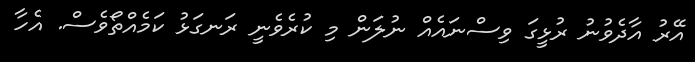
އޭރު އާދެވުނު ރުޅީގަ ވިސްނައެއް ނުލަން މި ކުރެވެނީ ރަނގަޅު ކަމެއްތޯވެސް. އެހާ